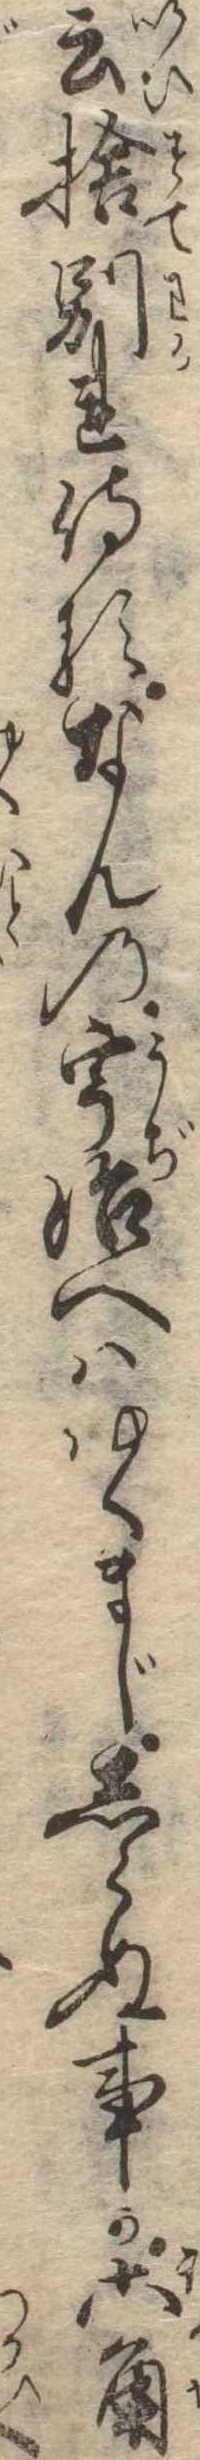
云捨別れ侍るなんの宇治へはゆくまじしらぬ事か六角